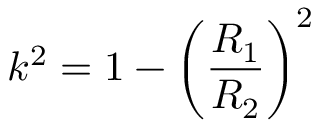
k ^ { 2 } = 1 - \bigg ( \frac { R _ { 1 } } { R _ { 2 } } \bigg ) ^ { 2 }